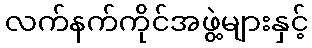
လက်နက်ကိုင်အဖွဲ့များနှင့်